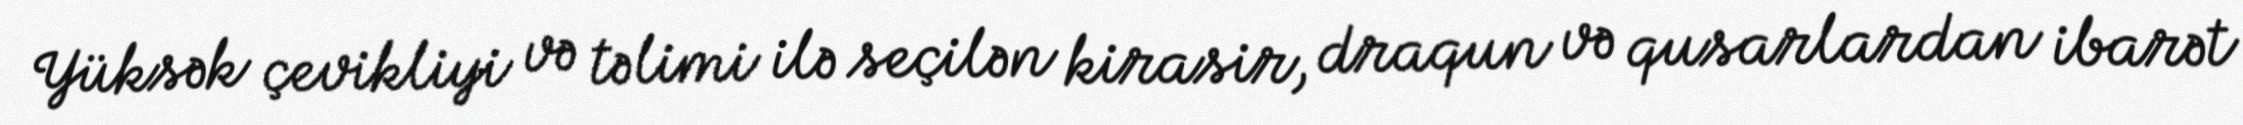
Yüksək çevikliyi və təlimi ilə seçilən kirasir, draqun və qusarlardan ibarət